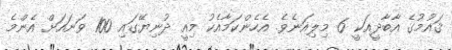
ޤައުމުގެ އާބާދީއަކީ 6 މިލިއަނެވެ. އެހެންކަމާއެކު މިއީ ދުނިޔޭގައި 100 ވަނައަށް އެންމެ